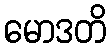
မောဒတိ